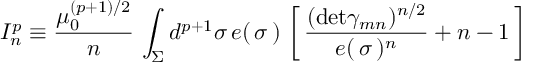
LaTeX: I _ { n } ^ { p } \equiv \frac { \mu _ { 0 } ^ { ( p + 1 ) / 2 } } { n } \, \int _ { \Sigma } d ^ { p + 1 } \sigma \, e ( \, \sigma \, ) \, \left[ \, { \frac { ( \mathrm { d e t } \gamma _ { m n } ) ^ { n / 2 } } { e ( \, \sigma \, ) ^ { n } } } + n - 1 \, \right]